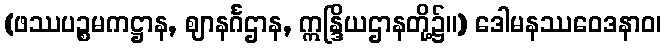
(ဖဿပဉ္စမကဋ္ဌာန, ဈာနင်္ဂဌာန, ဣန္ဒြိယဌာနတို့၌။) ဒေါမနဿဝေဒနာဝ၊